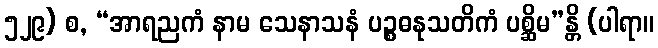
၅၂၉) စ, “အာရညကံ နာမ သေနာသနံ ပဉ္စဓနုသတိကံ ပစ္ဆိမ”န္တိ (ပါရာ။